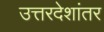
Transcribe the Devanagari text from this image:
उत्तरदेशांतर